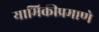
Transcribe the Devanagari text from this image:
यामिकीप्रमाणे